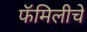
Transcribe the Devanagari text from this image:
फॅमिलीचे